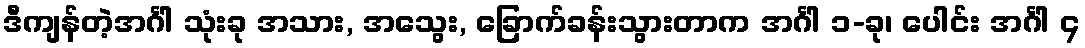
ဒီကျန်တဲ့အင်္ဂါ သုံးခု အသား, အသွေး, ခြောက်ခန်းသွားတာက အင်္ဂါ ၁-ခု၊ ပေါင်း အင်္ဂါ ၄